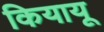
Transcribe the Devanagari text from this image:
कियायू